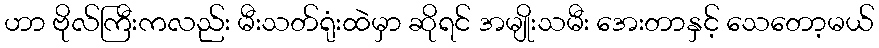
ဟာ ဗိုလ်ကြီးကလည်း မီးသတ်ရုံးထဲမှာ ဆိုရင် အမျိုးသမီး အေးတာနှင့် သေတော့မယ်